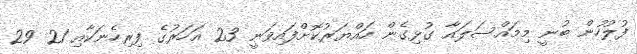
ފުލުހުން ބުނީ މިމައްސަލައާ ގުޅިގެން ހައްޔަރުކޮށްފައިވަނީ 23 އަހަރުގެ ފިރިހެނަކާއި 21 29